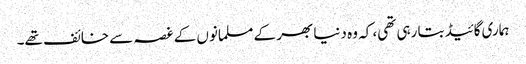
ہماری گائیڈ بتا رہی تھی، کہ و ہ دنیا بھر کے مسلمانوں کے غصہ سے خائف تھے۔